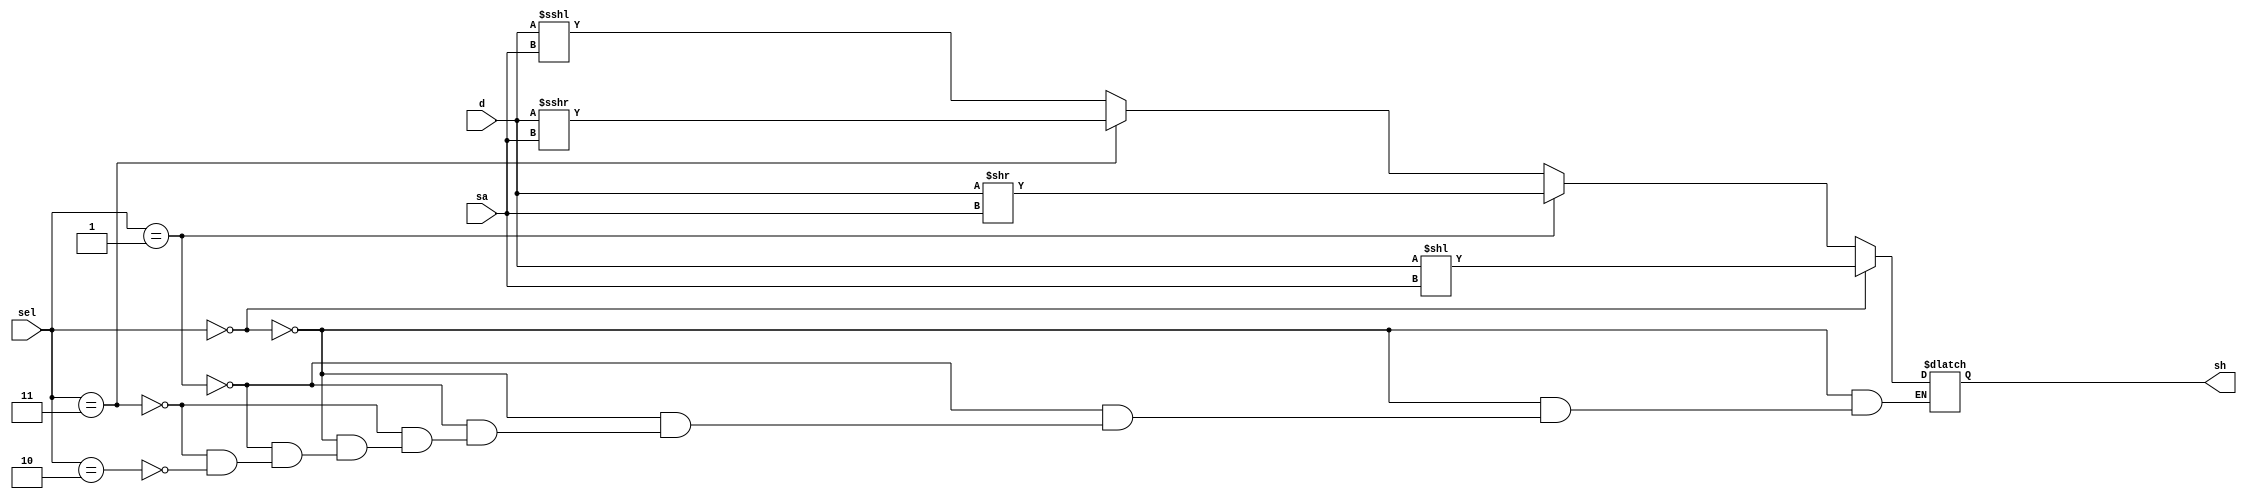
`timescale 1ns/1ps
module barrel_shifter(d, sa, sel, sh);

  input [31:0] d; 
  input [4:0] sa; 
  input [1:0] sel; 
    
  output [31:0] sh; 
  
  wire [31:0] d;
  wire [4:0] sa;
  wire [1:0] sel;
  
  reg [31:0] sh;
    
  parameter SLL = 2'b00, SLR = 2'b01, SAL = 2'b10, SAR = 2'b11;
  
  always @* begin
    if(sel == SLL) 
      begin
        sh = d << sa;
      end
    else if(sel == SLR)
      begin
        sh = d >> sa;
      end 
    else if(sel == SAR)
      begin
        sh = $signed(d) >>> sa;
      end
    else if(sel ==	SAL)
      begin
        sh = $signed(d) <<< sa;
      end
  end
		
endmodule
    
/*     wire    [31:0]  t0, t1, t2, t3, t4; 
    wire    [31:0]  s1, s2, s3, s4; 
    wire            a = d[31] & arith; 
    wire    [31:0]  e = {16{a}};
    
    parameter       z = 16'b0; 
    
    wire    [31:0]  sd14, sd13, sd12, sd11, sd10; 
    wire    [31:0]  sdr4, sdr3, sdr2, sdr1, sdr0; 
    
    assign  sdl4    =   {d[15:0],   z};
    assign  sdl3    =   {s4[23:0],  z[7:0]};
    assign  sdl2    =   {s3[27:0],  z[3:0]};
    assign  sdl1    =   {s2[29:0],  z[1:0]};
    assign  sdl0    =   {s1[30:0],  z[0]};
    assign  sdr4    =   {e,         d[31:16]};
    assign  sdr3    =   {e[7:0],    s4[31:8]};
    assign  sdr2    =   {e[3:0],    s3[31:4]};
    assign  sdr1    =   {e[1:0],    s2[31:2]};
    assign  sdr0    =   {e[0],      s1[31:1]};
    
    mux2x32 m_right4 (sdl4, sdr4, right, t4);
    mux2x32 m_right3 (sdl3, sdr3, right, t3);
    mux2x32 m_right2 (sdl2, sdr2, right, t2);
    mux2x32 m_right1 (sdl1, sdr1, right, t1);
    mux2x32 m_right0 (sdl0, sdr0, right, t0);
    
    mux2x32 m_shift4 (d,    t4, sa[4], s4);
    mux2x32 m_shift3 (s4,   t3, sa[3], s3);
    mux2x32 m_shift2 (s3,   t2, sa[2], s2);
    mux2x32 m_shift1 (s2,   t1, sa[1], s1);
    mux2x32 m_shift0 (s1,   t0, sa[0], sh);
    
endmodule */